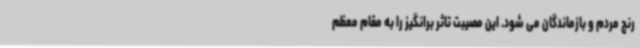
رنج مردم و بازماندگان می شود. این مصیبت تاثر برانگیز را به مقام معظم